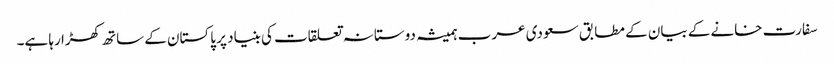
سفارت خانے کے بیان کے مطابق سعودی عرب ہمیشہ دوستانہ تعلقات کی بنیاد پر پاکستان کے ساتھ کھڑا رہا ہے۔